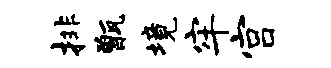
排甑境牢宫